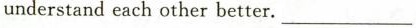
understand each other better.___